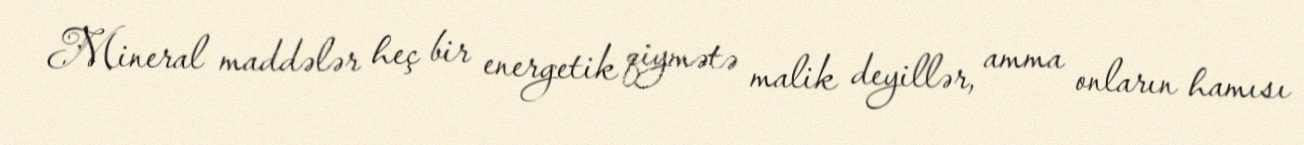
Mineral maddələr heç bir energetik qiymətə malik deyillər, amma onların hamısı